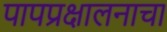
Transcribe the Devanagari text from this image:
पापप्रक्षालनाचा